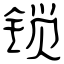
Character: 锁